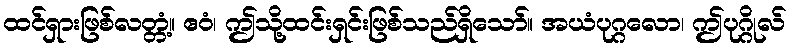
ထင်ရှားဖြစ်လတ္တံ့။ ဧဝံ၊ ဤသို့ထင်းရှင်းဖြစ်သည်ရှိသော်။ အယံပုဂ္ဂလော၊ ဤပုဂ္ဂိုလ်